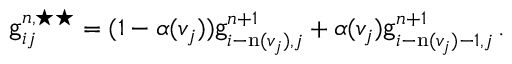
\begin{array} { r } { \mathsf { g } _ { i j } ^ { n , \star \star } = ( 1 - \alpha ( v _ { j } ) ) \mathsf { g } _ { i - \mathrm { n } ( v _ { j } ) , j } ^ { n + 1 } + \alpha ( v _ { j } ) \mathsf { g } _ { i - \mathrm { n } ( v _ { j } ) - 1 , j } ^ { n + 1 } \, . } \end{array}